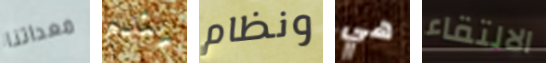
معداتنا يندم ونظام هي الالتقاء